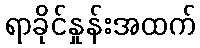
ရာခိုင်နှုန်းအထက်